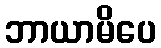
ဘာယာမိပေ